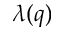
\lambda ( q )